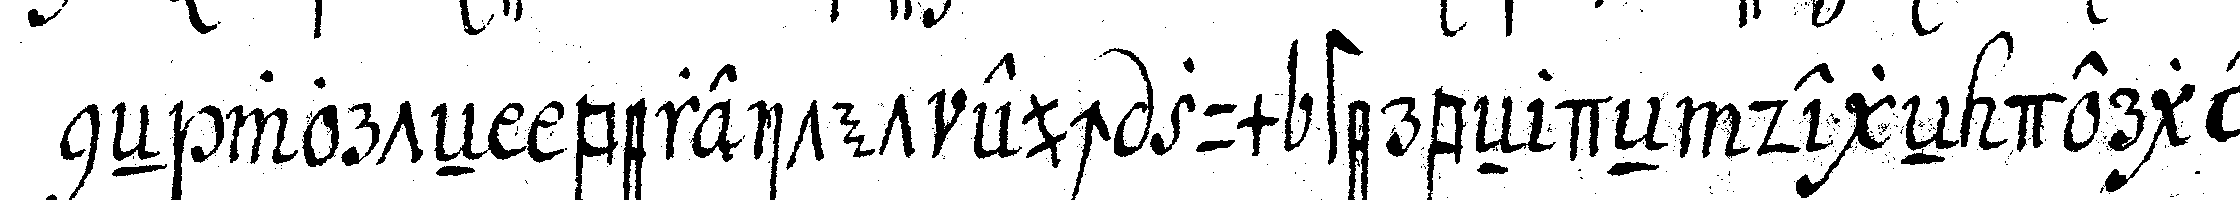
neN worteN bereitet euch zum sterbeN deN degeN derge